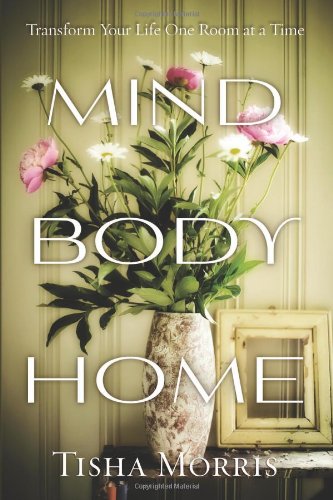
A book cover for Mind, Body, Home: Transform Your Life One Room at a Time; Tisha Morris; Religion & Spirituality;